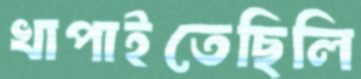
খাপাইতেছিলি